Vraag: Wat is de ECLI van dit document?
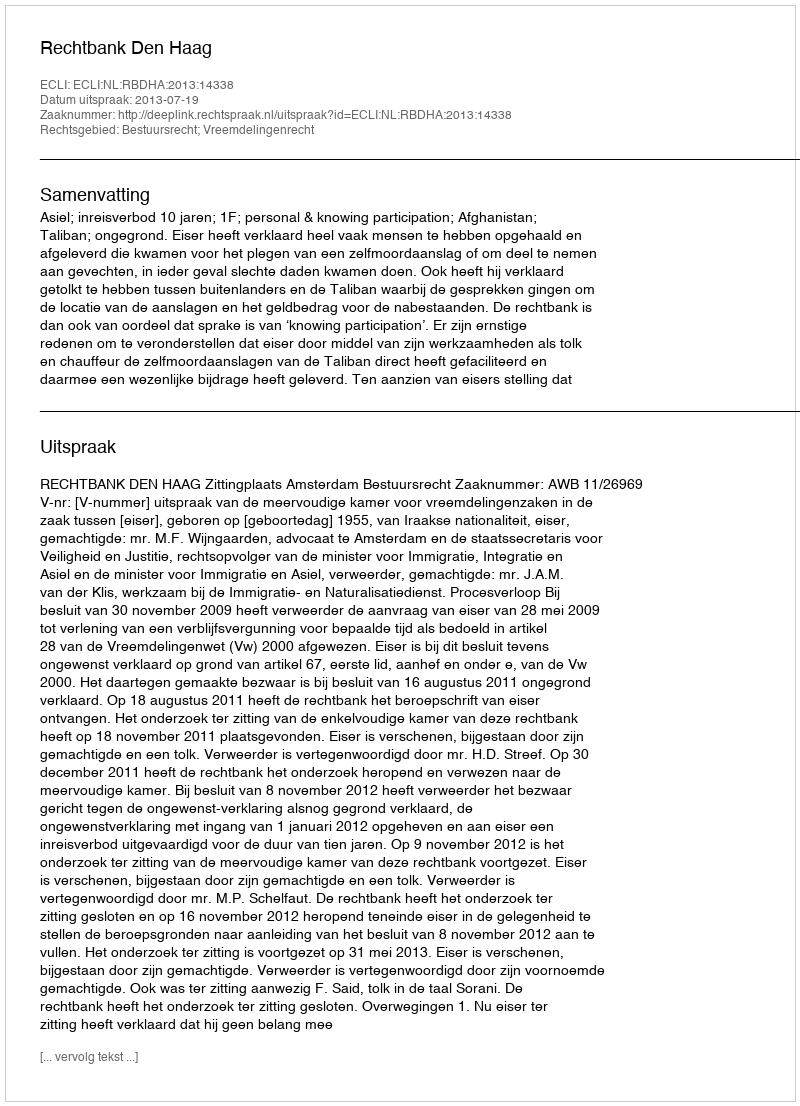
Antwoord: ECLI:NL:RBDHA:2013:14338